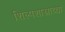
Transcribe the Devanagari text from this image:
शिल्पशास्त्राच्या